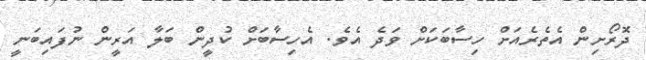
ދޮރޯށިން އެތެރެއަށް ހިސާބަކަށް ވަދެ އެވެ. އެހިސާބަށް ކުދީން ބަލާ އަރީން ނުފައިބަނީ